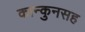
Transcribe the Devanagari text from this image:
कान्कुनसह